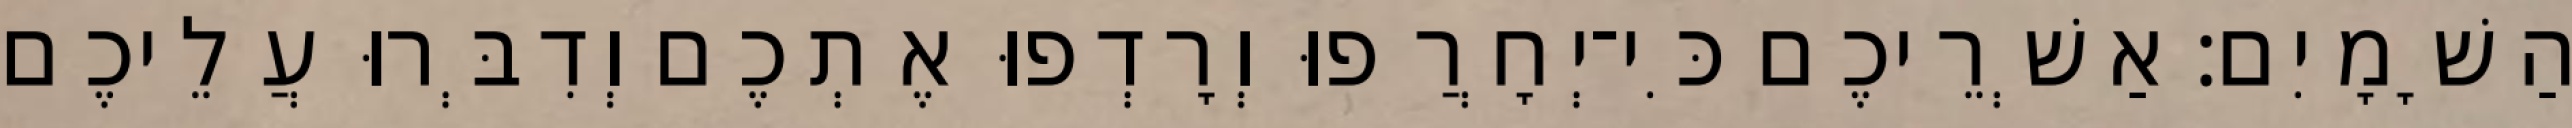
הַשָׁמָיִם׃ אַשְׁרֵיכֶם כִּי־יְחָרֲפוּ וְרָדְפוּ אֶתְכֶם וְדִבְּרוּ עֲלֵיכֶם